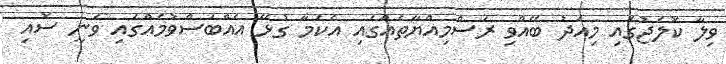
ވިލާ ކޮލެޖުގައި މިއަދު ބޭއްވި ރަސްމިއްޔާތެއްގައި އެކަމާ ގުޅޭ އެއްބަސްވުމެއްގައި ވަނީ ސޮއި